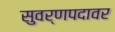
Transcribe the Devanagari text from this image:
सुवर्णपदावर